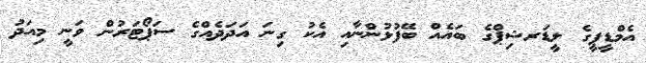
އެމްޑީޕީގެ ލީޑަރޝިޕްގެ ބައެއް ބޭފުޅުންނާއި އެކު ގިނަ އަދަދެއްގެ ސަޕޯޓަރުން ވަނީ މިއަދު